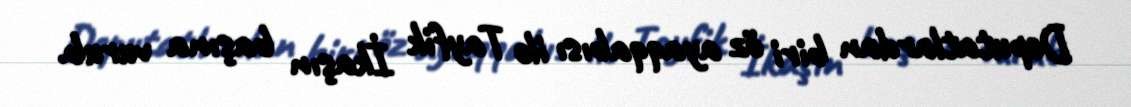
Deputatlardan biri öz ayaqqabısı ilə Tayfik İkaşın başına vurub.